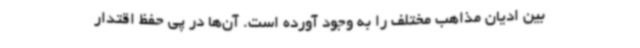
بین ادیان مذاهب مختلف را به وجود آورده است. آن‌ها در پی حفظ اقتدار